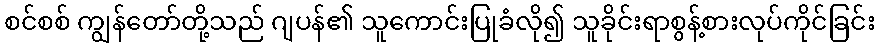
စင်စစ် ကျွန်တော်တို့သည် ဂျပန်၏ သူကောင်းပြုခံလို၍ သူခိုင်းရာစွန့်စားလုပ်ကိုင်ခြင်း